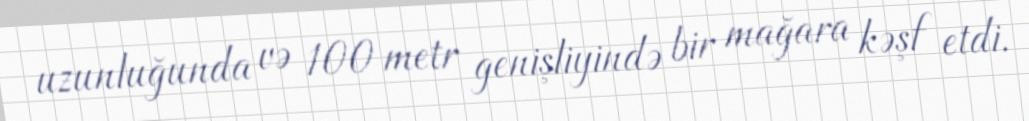
uzunluğunda və 100 metr genişliyində bir mağara kəşf etdi.